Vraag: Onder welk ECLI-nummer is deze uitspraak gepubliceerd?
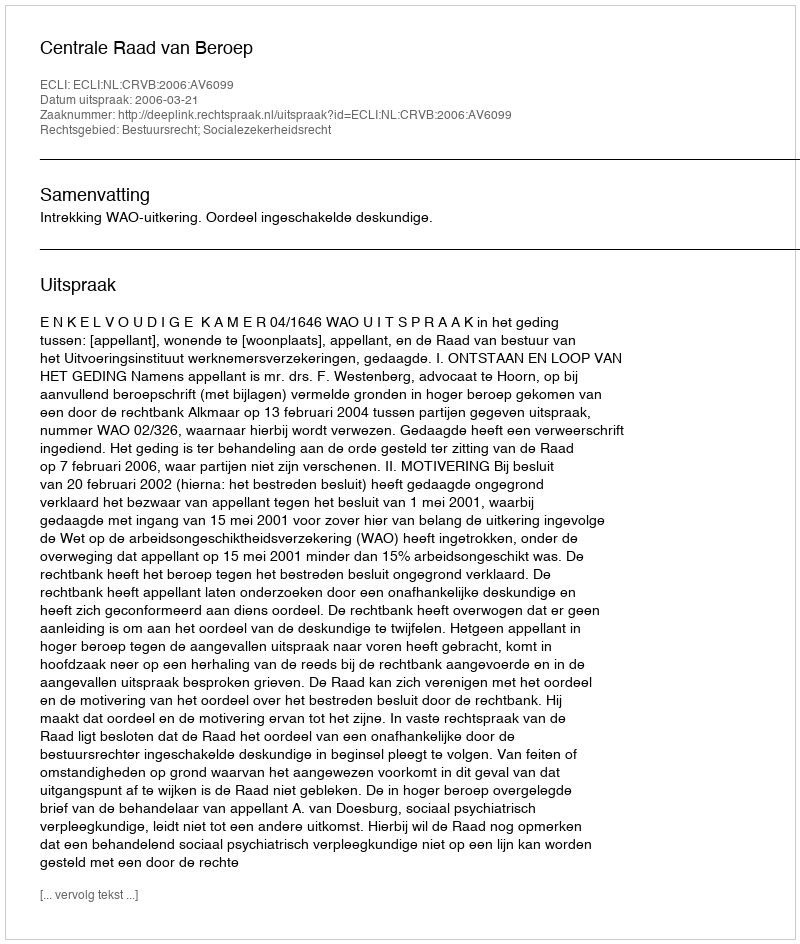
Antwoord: ECLI:NL:CRVB:2006:AV6099